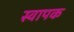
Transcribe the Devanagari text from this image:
स्‍वापक